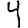
Digit: 4